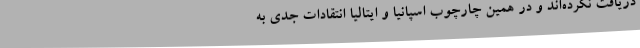
دریافت نکرده‌اند و در همین چارچوب اسپانیا و ایتالیا انتقادات جدی به